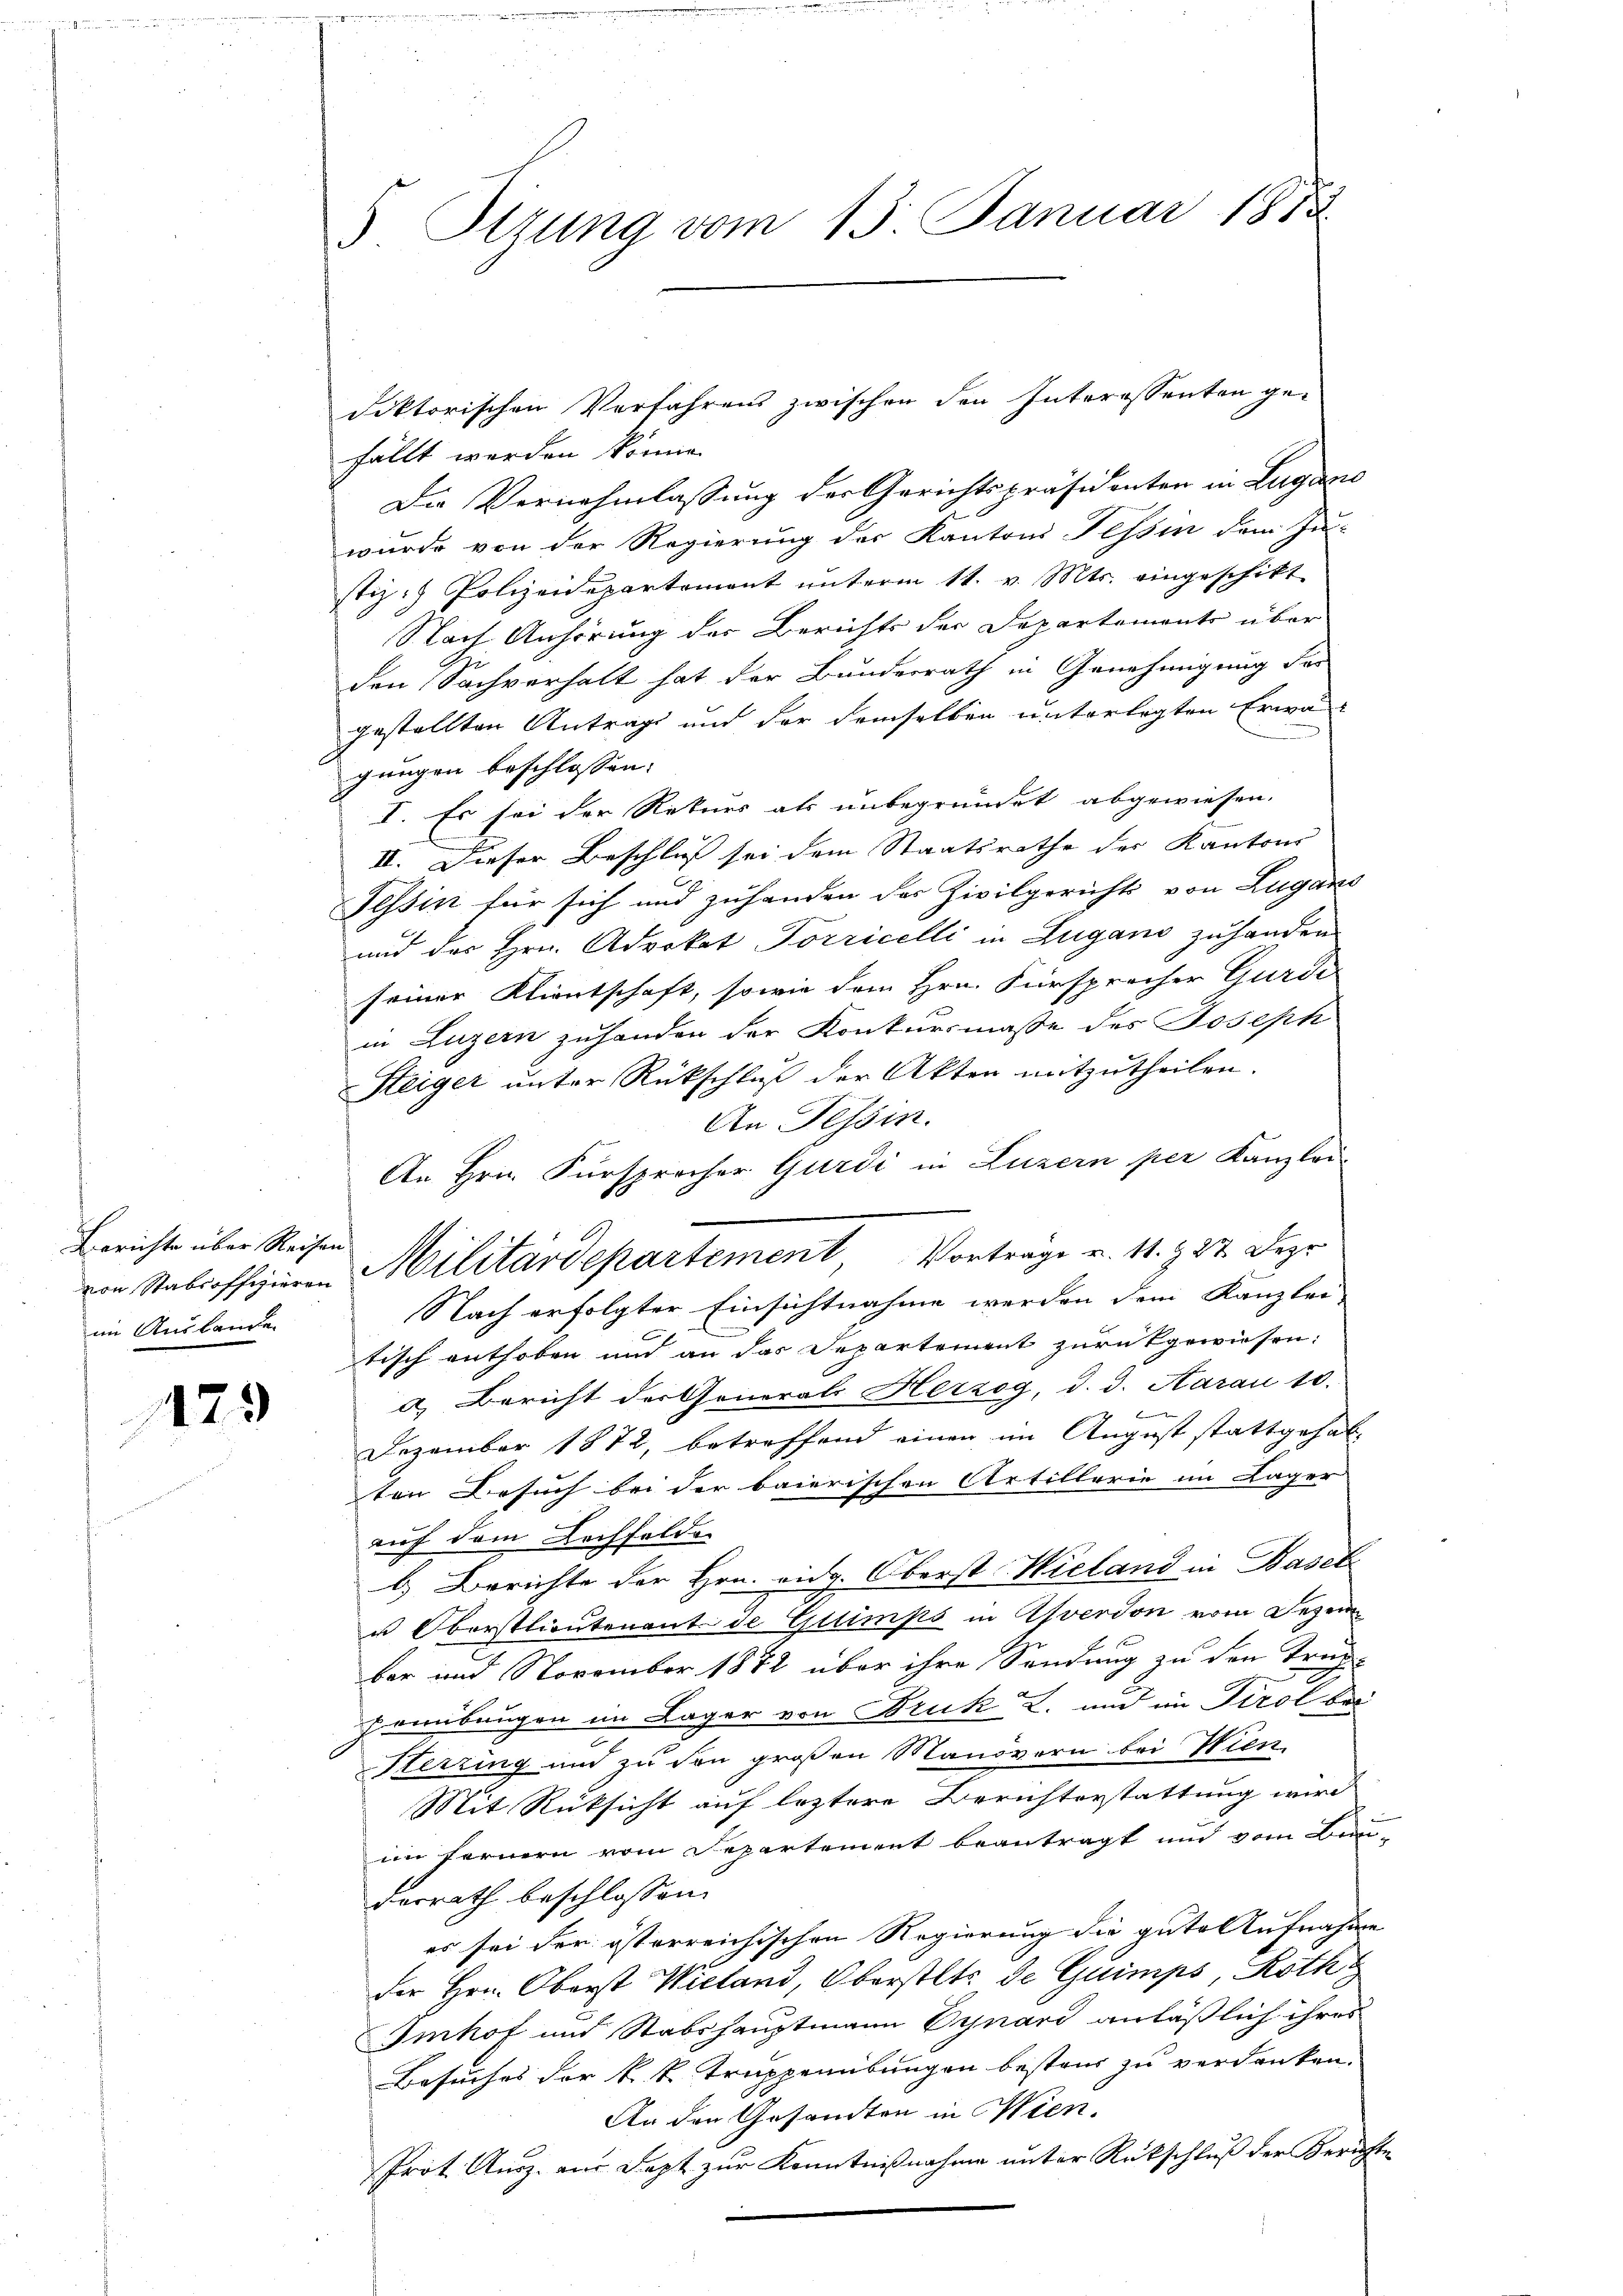
Berichte über Reisen
im Auslande

123

3 Itzung vom 13. Januar 1873.

fällt werden könne.
Die Vernehmlassung der Gerichtspräsidenten in Lugano
wurde von der Regierung der Kantons Tessin dem Zu-
stiz. Polizeidepartemont ŭnterm 11. v. Mts. eingeschikt
Nach Anhörung der Berichts der Departements über
den Sachverhalt hat der Bundesrath in Genehmigung des
gestellten Antrags und der demselben unterlegten Erwä
gungen beschlossen:
I. Es sei der Rekurs als unbegründet abgewiesen.
II. Dieser Beschluß sei dem Staatsrathe der Kantons
Tessin für sich und zuhanden der Zivilgerichts von Lugano
und des Hrn. Advokat Porricelli in Zugano zuhanden
seiner Klientschaft, sowie dem Hrn. Fürsprecher Gurdi
in Luzern zuhanden der Konkursmasse des Joseph
Steiger unter Rückschluß der Akten mitzutheilen.
An Tessin.
An Hrn. Fürsprecher Gurdi in Luzern per Kanzlei
Nach erfolgter Einsichtnahme werden dem Kanzlei-
tisch enthoben und an das Departement zurückgewiesen:
a) Bericht der Generals Herzog, d. d. Aarau 10.

Dezember 1872, betreffend einen im August stattgehabten Besuch bei der baierischen Artillerie im Lager
auf dem Lochfelde
b) Berichte der Hrn. eidg. Oberst Wieland in Basel
u Oberstlieutenant de Glimps in Asverdon vom Dezember und November 1872 über ihre Sendung zu den Truch
krunbaugen im Lager von Druk L. und im Tirol bei
Sterzing und zu den großen Manövorn bei Wien
Mit Rücksicht auf leztere Berichterstattung wird
im fernern vom Departement beantragt und vom Bun-
dorrath beschlossen:
es sei der österreichischen Regierung die gute Aufnahme
der Hrn. Oberst Wieland, Oberstets de Guimps, Roth
Imhof und Stabshauptmann Vynard anläßlich ihres
Besuches der k. k. Truppenübungen besteur zu verdanken.
An den Gesandten in Wien.
Prot. Ausz. aus Dapt zur Kenntnißnahme unter Rückschluß der Berichte
e

von Stabsoffizieren Militärdepartement, Vortrage v. 11. 327 Deze

doktorischen Verfahrens zwischen den Interessenten ge-